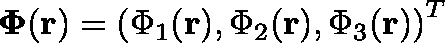
\mathbf { \Phi } ( \mathbf { r } ) = \left( \Phi _ { 1 } ( \mathbf { r } ) , \Phi _ { 2 } ( \mathbf { r } ) , \Phi _ { 3 } ( \mathbf { r } ) \right) ^ { T }